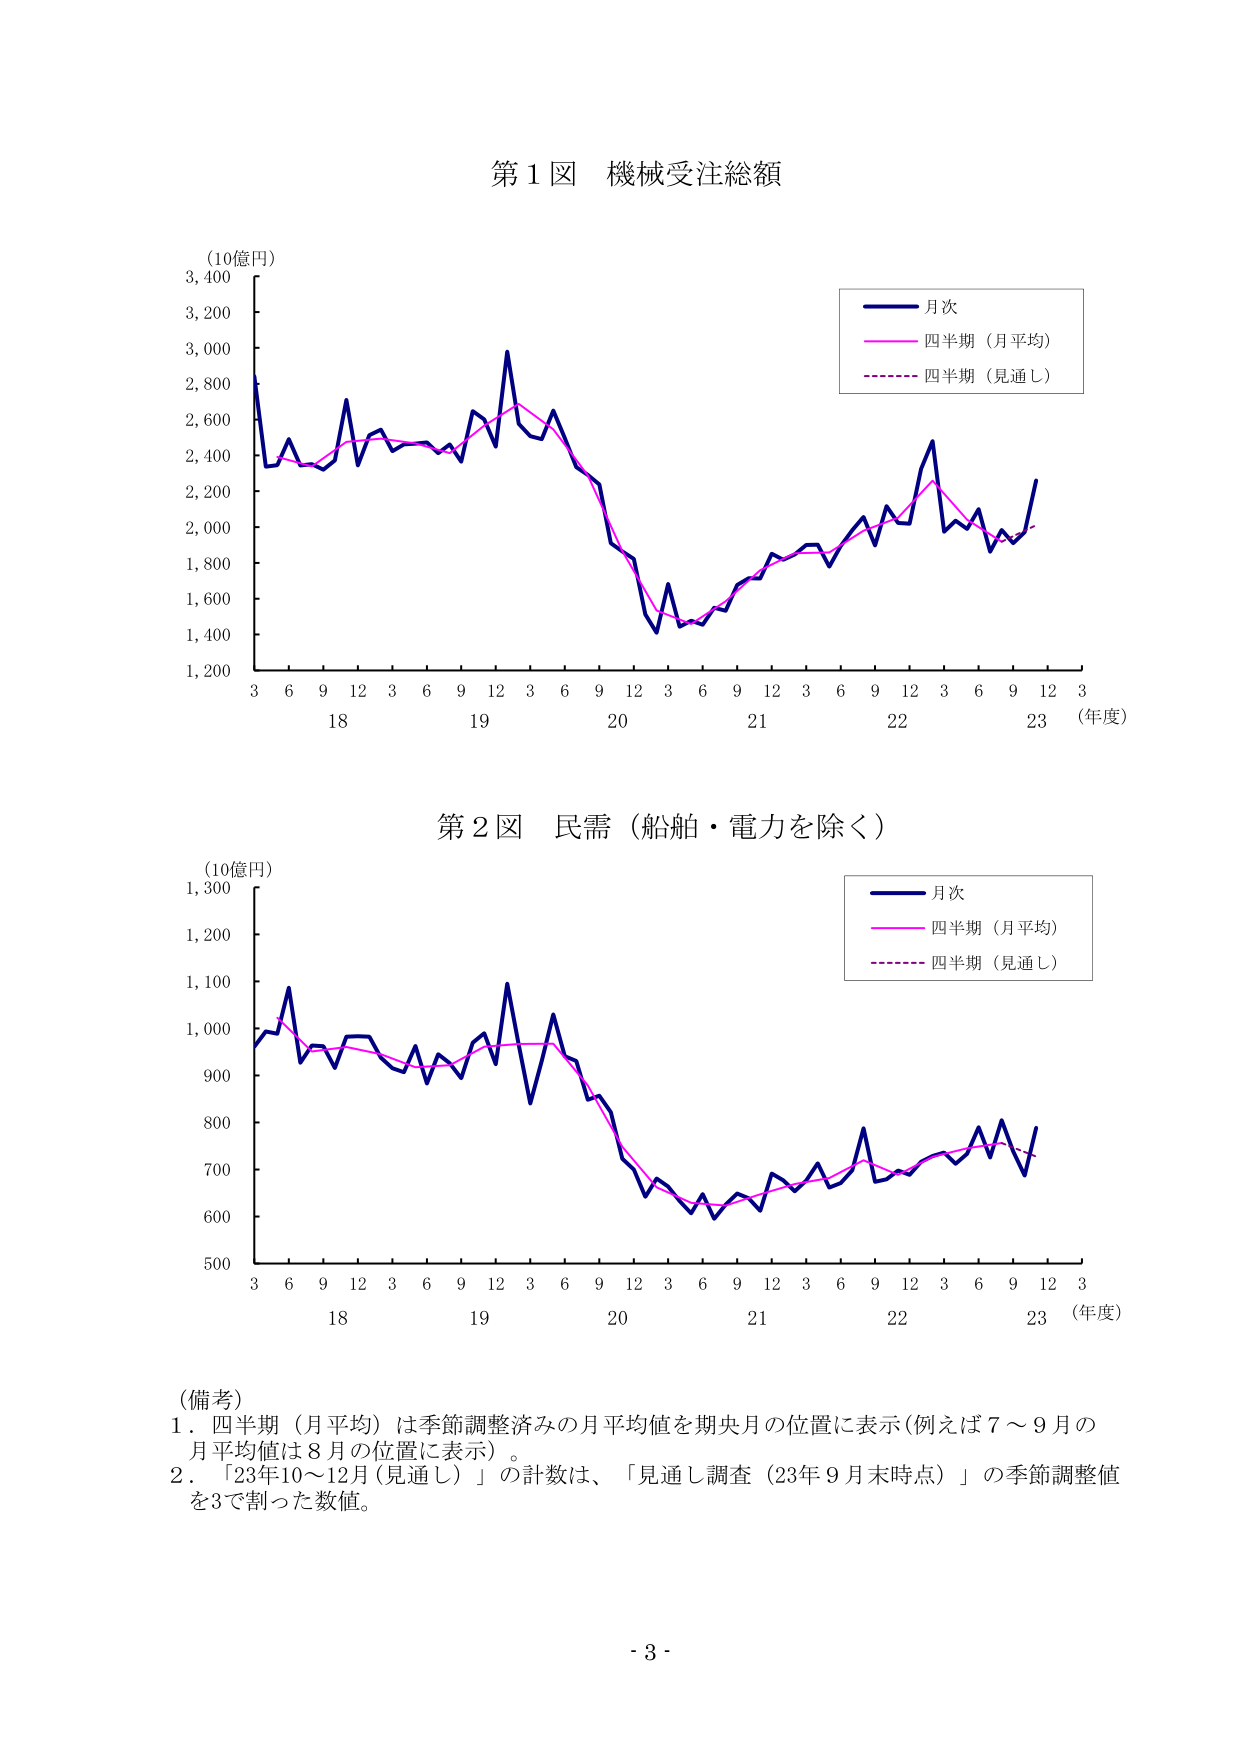
第１図 機械受注総額

(10億円)
3,400
3,200
3,000
2,800
2,600
2,400
2,200
2,000
1,800
1,600
1,400
1,200

月次
四半期（月平均）
四半期（見通し）

3 6 9 12 3 6 9 12 3 6 9 12 3 6 9 12 3 6 9 12 3
18 19 20 21 22 23 （年度）

第２図 民需（船舶・電力を除く）

(10億円)
1,300
1,200
1,100
1,000
900
800
700
600
500

月次
四半期（月平均）
四半期（見通し）

3 6 9 12 3 6 9 12 3 6 9 12 3 6 9 12 3 6 9 12 3
18 19 20 21 22 23 （年度）

（備考）
１．四半期（月平均）は季節調整済みの月平均値を期央月の位置に表示（例えば７～９月の
月平均値は８月の位置に表示）。
２．「23年10～12月（見通し）」の計数は、「見通し調査（23年９月末時点）」の季節調整値
を3で割った数値。

- 3 -